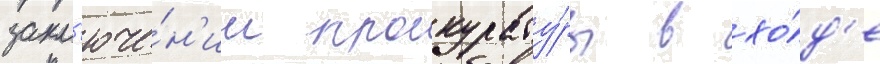
закл'юче́н'ии прокурату́ры в хо́д'е